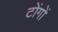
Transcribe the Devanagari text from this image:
टोंगों